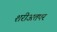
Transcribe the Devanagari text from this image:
शरीअतपर